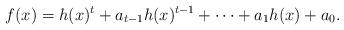
LaTeX: \begin{align*}f(x)= h(x)^t+a_{t-1} h(x)^{t-1}+ \cdots +a_1h(x)+a_0.\end{align*}